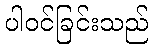
ပါဝင်ခြင်းသည်